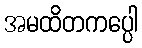
အမထိတကပ္ပေါ